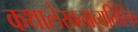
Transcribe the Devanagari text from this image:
कथालेखनाव्यतिरिक्त